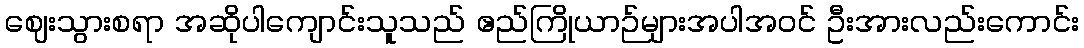
ဈေးသွားစရာ အဆိုပါကျောင်းသူသည် ဧည်ကြိုယာဉ်များအပါအဝင် ဦးအားလည်းကောင်း